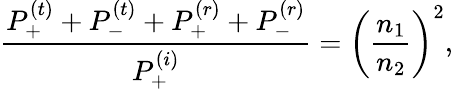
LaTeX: \frac{P_{+}^{(t)}+P_{-}^{(t)}+P_{+}^{(r)}+P_{-}^{(r)}}{P_{+}^{(i)}}=\left(\frac{n_{1}}{n_{2}}\right)^{2},